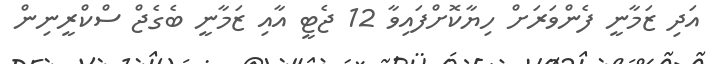
އަދި ޒަމާނީ ފެންވަރަށް ހިޔާކޮށްފައިވާ 12 ޖެޓީ އާއި ޒަމާނީ ބެގެޖް ސްކްރީނިން